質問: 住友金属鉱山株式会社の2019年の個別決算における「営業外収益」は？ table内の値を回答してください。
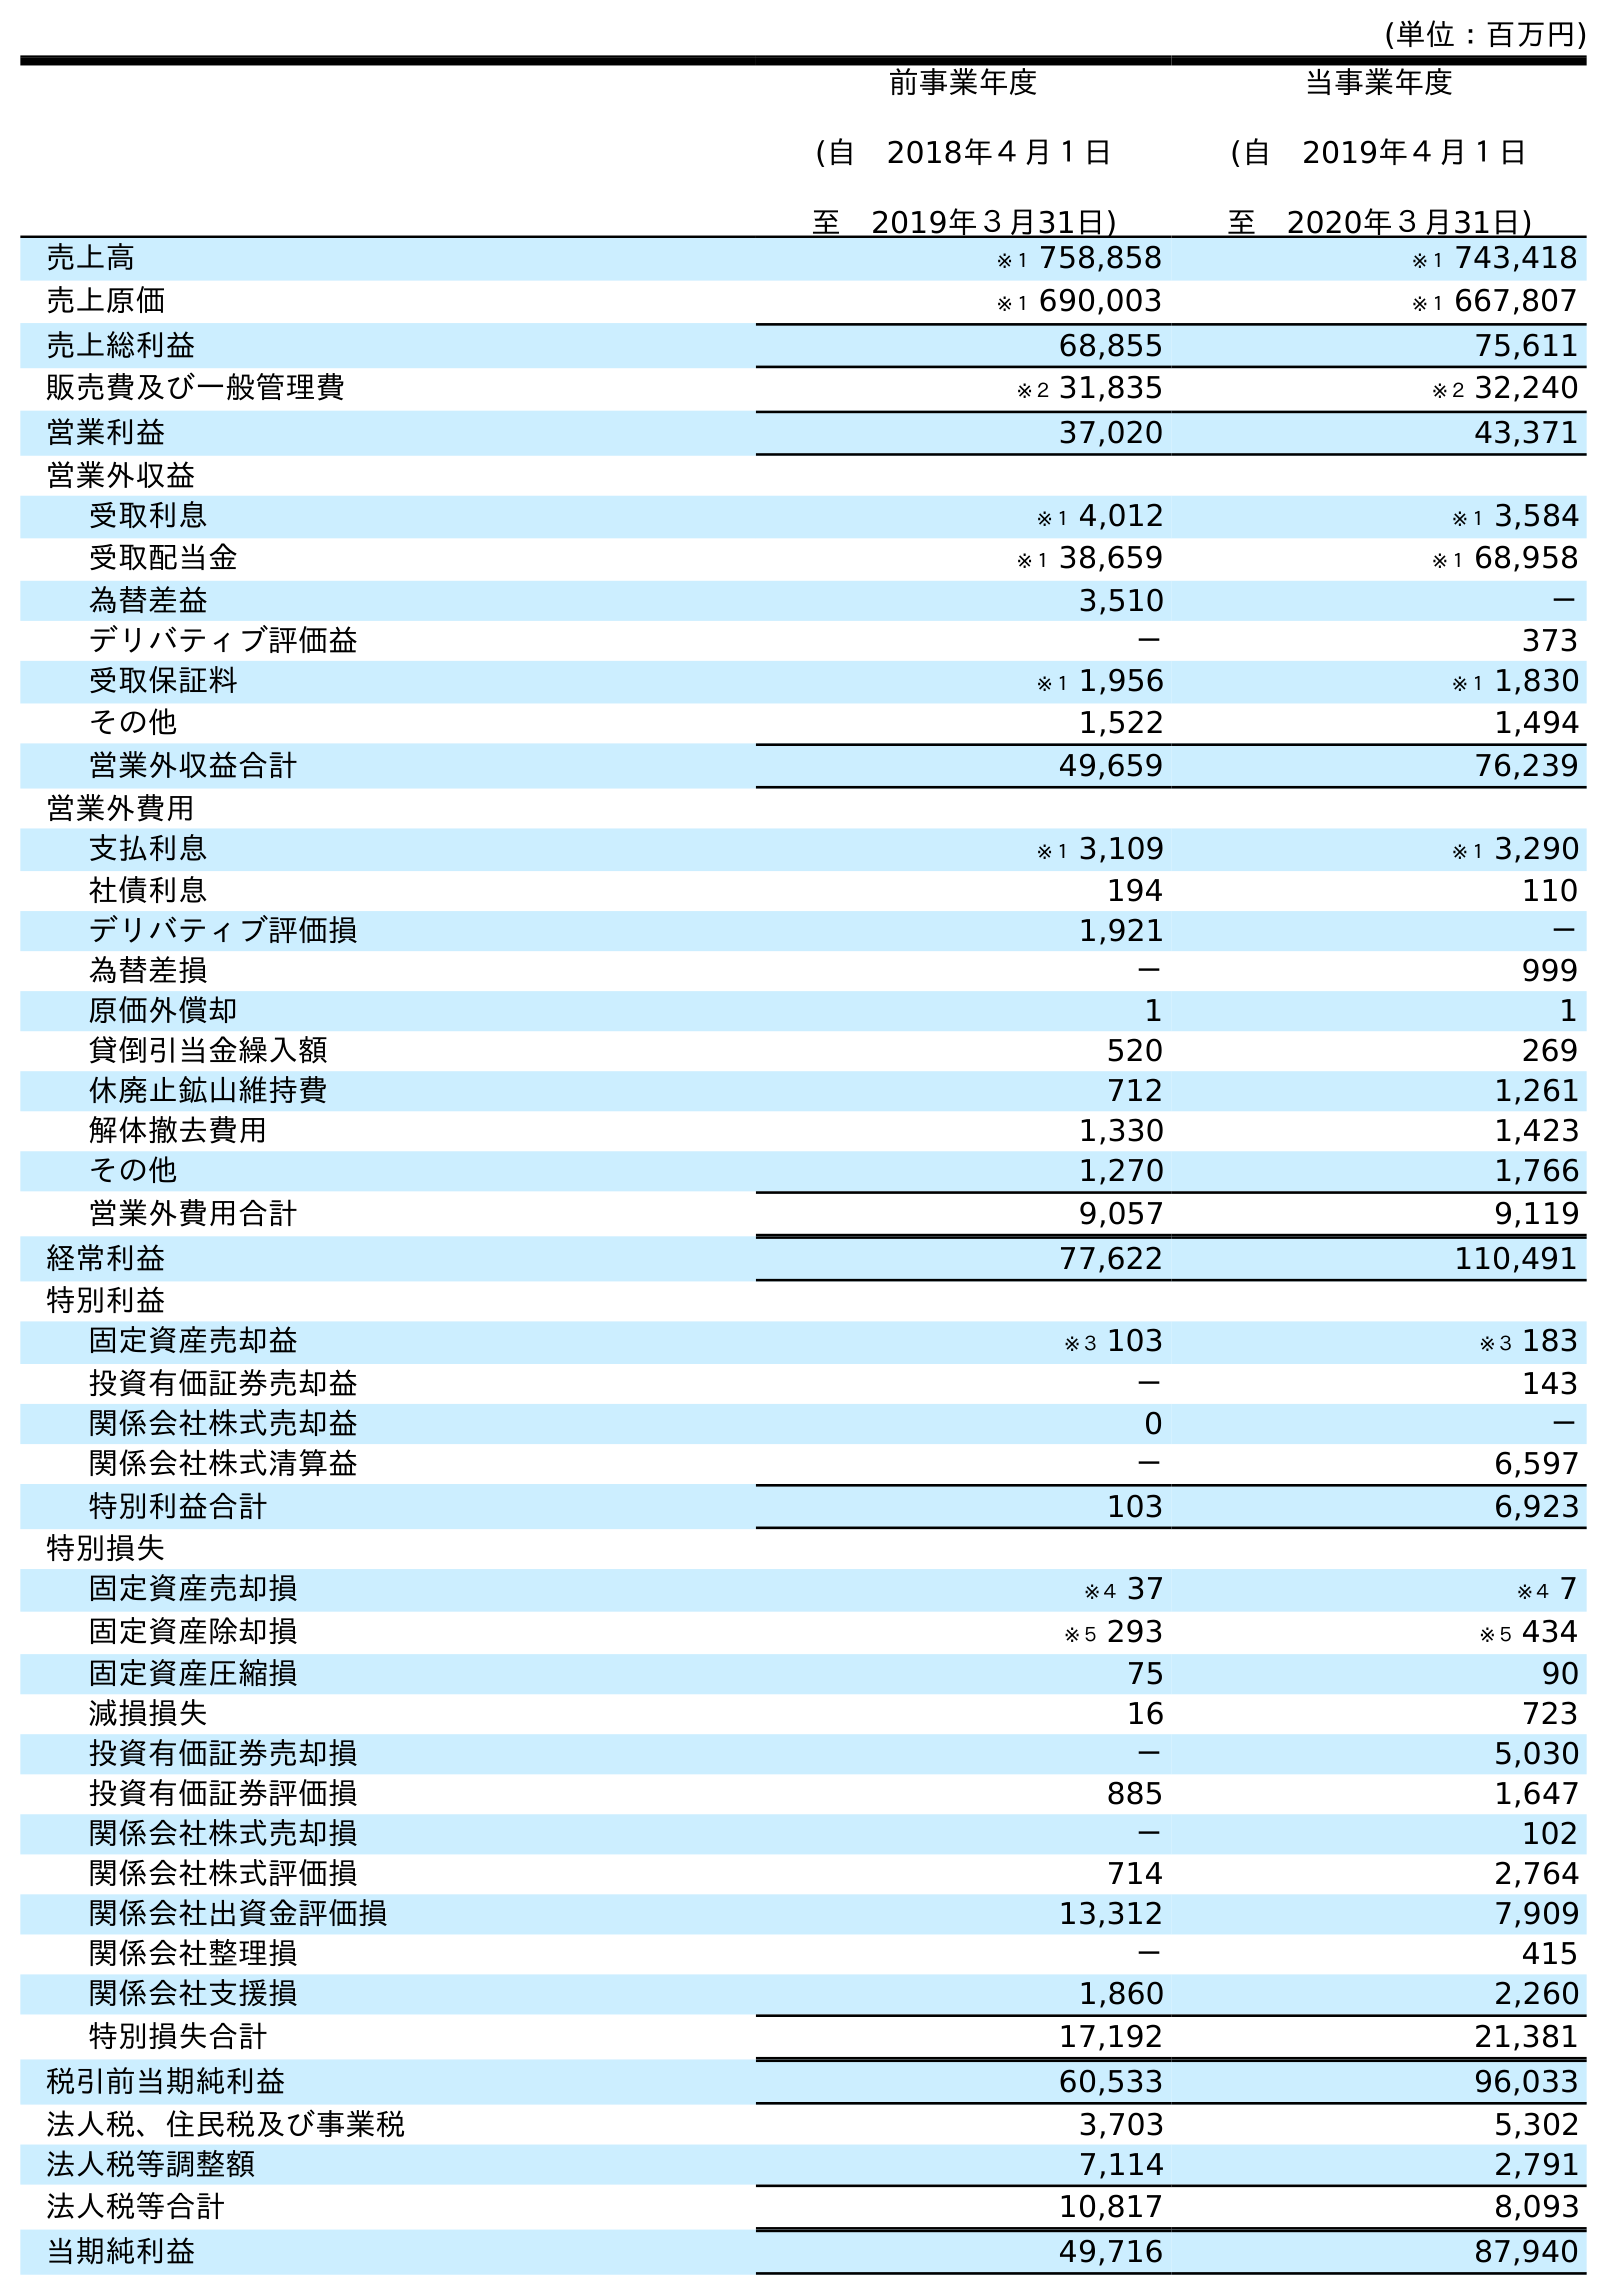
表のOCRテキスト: (単位：百万円) 前事業年度 (自 2018年４月１日 至 2019年３月31日) 当事業年度 (自 2019年４月１日 至 2020年３月31日) 売上高 ※１ 758,858 ※１ 743,418 売上原価 ※１ 690,003 ※１ 667,807 売上総利益 68,855 75,611 販売費及び一般管理費 ※２ 31,835 ※２ 32,240 営業利益 37,020 43,371 営業外収益 受取利息 ※１ 4,012 ※１ 3,584 受取配当金 ※１ 38,659 ※１ 68,958 為替差益 3,510 － デリバティブ評価益 － 373 受取保証料 ※１ 1,956 ※１ 1,830 その他 1,522 1,494 営業外収益合計 49,659 76,239 営業外費用 支払利息 ※１ 3,109 ※１ 3,290 社債利息 194 110 デリバティブ評価損 1,921 － 為替差損 － 999 原価外償却 1 1 貸倒引当金繰入額 520 269 休廃止鉱山維持費 712 1,261 解体撤去費用 1,330 1,423 その他 1,270 1,766 営業外費用合計 9,057 9,119 経常利益 77,622 110,491 特別利益 固定資産売却益 ※３ 103 ※３ 183 投資有価証券売却益 － 143 関係会社株式売却益 0 － 関係会社株式清算益 － 6,597 特別利益合計 103 6,923 特別損失 固定資産売却損 ※４ 37 ※４ 7 固定資産除却損 ※５ 293 ※５ 434 固定資産圧縮損 75 90 減損損失 16 723 投資有価証券売却損 － 5,030 投資有価証券評価損 885 1,647 関係会社株式売却損 － 102 関係会社株式評価損 714 2,764 関係会社出資金評価損 13,312 7,909 関係会社整理損 － 415 関係会社支援損 1,860 2,260 特別損失合計 17,192 21,381 税引前当期純利益 60,533 96,033 法人税、住民税及び事業税 3,703 5,302 法人税等調整額 7,114 2,791 法人税等合計 10,817 8,093 当期純利益 49,716 87,940
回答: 49,659